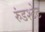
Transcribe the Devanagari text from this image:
रुंडश्टेट